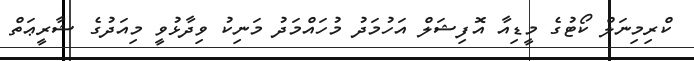
ކްރިމިނަލް ކޯޓުގެ މީޑިއާ އޮފިޝަލް އަހުމަދު މުހައްމަދު މަނިކު ވިދާޅުވީ މިއަދުގެ ޝާރީޢަތް